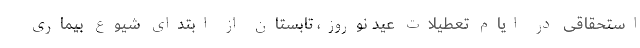
استحقاقی در ایام تعطیلات عید نوروز، تابستان از ابتدای شیوع بیماری